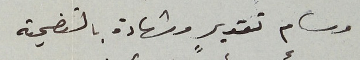
وسام تقديرٍ وشهادة بالتضحية